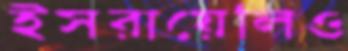
ইসরায়েলিও